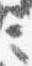
言